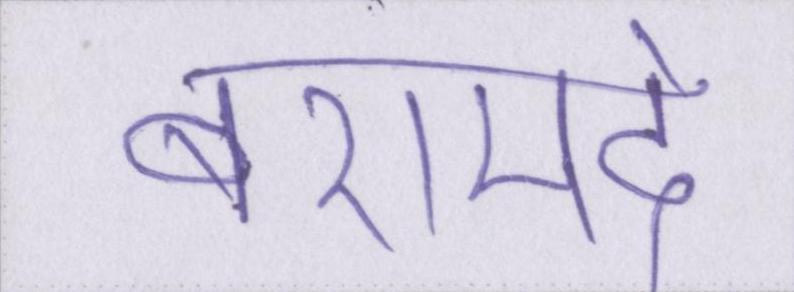
बरामदे